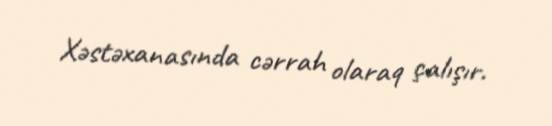
Xəstəxanasında cərrah olaraq çalışır.